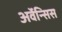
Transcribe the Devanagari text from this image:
अर्वेन्सिस